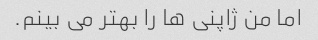
اما من ژاپنی ها را بهتر می بینم.